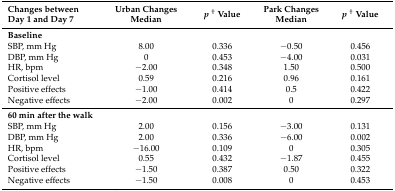
<table><thead><tr><td><b>Changes between Day 1 and Day 7</b></td><td><b>Urban Changes Median</b></td><td><b><i>p</i><sup>†</sup> Value</b></td><td><b>Park Changes Median</b></td><td><b><i>p</i><sup>†</sup> Value</b></td></tr></thead><tbody><tr><td><b>Baseline</b></td><td></td><td></td><td></td><td></td></tr><tr><td>SBP, mm Hg</td><td>8.00</td><td>0.336</td><td>−0.50</td><td>0.456</td></tr><tr><td>DBP, mm Hg</td><td>0</td><td>0.453</td><td>−4.00</td><td>0.031</td></tr><tr><td>HR, bpm</td><td>−2.00</td><td>0.348</td><td>1.50</td><td>0.500</td></tr><tr><td>Cortisol level</td><td>0.59</td><td>0.216</td><td>0.96</td><td>0.161</td></tr><tr><td>Positive effects</td><td>−1.00</td><td>0.414</td><td>0.5</td><td>0.422</td></tr><tr><td>Negative effects</td><td>−2.00</td><td>0.002</td><td>0</td><td>0.297</td></tr><tr><td><b>60 min after the walk</b></td><td></td><td></td><td></td><td></td></tr><tr><td>SBP, mm Hg</td><td>2.00</td><td>0.156</td><td>−3.00</td><td>0.131</td></tr><tr><td>DBP, mm Hg</td><td>2.00</td><td>0.336</td><td>−6.00</td><td>0.002</td></tr><tr><td>HR, bpm</td><td>−16.00</td><td>0.109</td><td>0</td><td>0.305</td></tr><tr><td>Cortisol level</td><td>0.55</td><td>0.432</td><td>−1.87</td><td>0.455</td></tr><tr><td>Positive effects</td><td>−1.50</td><td>0.387</td><td>0.50</td><td>0.322</td></tr><tr><td>Negative effects</td><td>−1.50</td><td>0.008</td><td>0</td><td>0.453</td></tr></tbody></table>